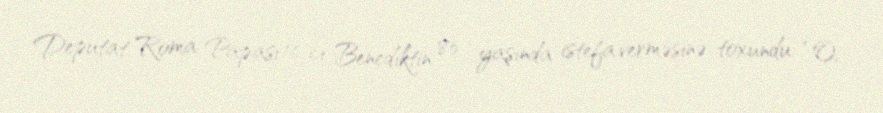
Deputat Roma Papası 16-cı Benediktin 85 yaşında istefa verməsinə toxundu: “O,